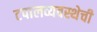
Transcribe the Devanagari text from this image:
टपालव्यवस्थेची